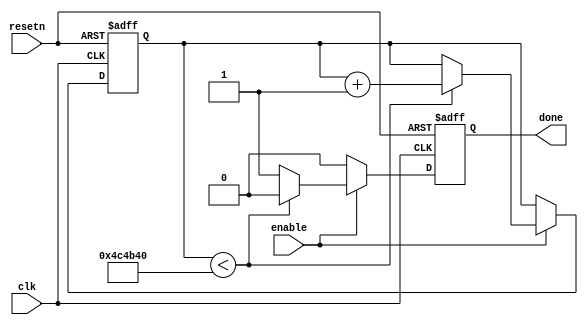
//delayer

module delayer (clk, resetn, enable, done);
	input clk, resetn, enable;
	output reg done;
	reg [24:0] count;
	always @ (posedge clk or negedge resetn)
	begin
		if (!resetn)
		begin
			count <= 0;
			done <= 0;
		end
		else if (!enable)
		begin
			count <= count;
			done <= 0;
		end
		else
		begin
			if (count < 25'd05000000)	// 5m clock cyles = 5Mhz
			begin
				count <= count + 1;
				done <= 0;
			end
			else
			begin
				count <= count;
				done <= 1;
			end
		end
	end
endmodule